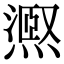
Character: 𭶉